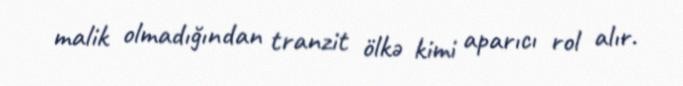
malik olmadığından tranzit ölkə kimi aparıcı rol alır.